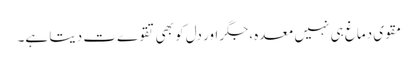
مقوی دماغ ہی نہیں معدہ ،جگر اور دل کو بھی تقوےت دیتا ہے۔